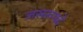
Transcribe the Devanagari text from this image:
जसरुपदे